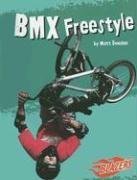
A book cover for BMX Freestyle (To the Extreme); Matt Doeden; Children's Books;